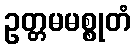
ဥတ္တမမစ္စုတံ